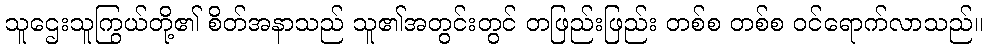
သူဌေးသူကြွယ်တို့၏ စိတ်အနာသည် သူ၏အတွင်းတွင် တဖြည်းဖြည်း တစ်စ တစ်စ ဝင်ရောက်လာသည်။